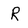
Character: R